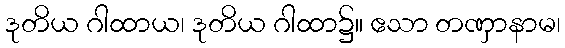
ဒုတိယ ဂါထာယ၊ ဒုတိယ ဂါထာ၌။ ဧသာ တဏှာနာမ၊